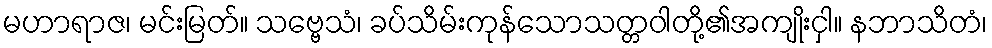
မဟာရာဇ၊ မင်းမြတ်။ သဗ္ဗေသံ၊ ခပ်သိမ်းကုန်သောသတ္တဝါတို့၏အကျိုးငှါ။ နဘာသိတံ၊